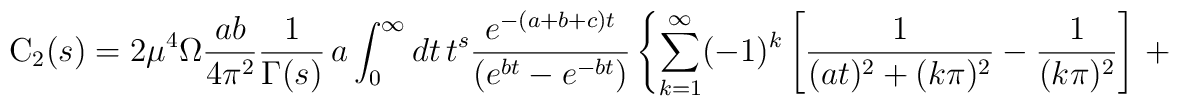
{\rm C}_{2} (s)= 2{\mu}^4 \Omega \frac{ab}{4{\pi}^2}\frac{1}{\Gamma(s)}\,a \int_{0}^{\infty} dt\, t^{s}\frac{e^{-(a+b+c)t}} {\left(e^{bt}-e^{-bt}\right)}\left\{\sum_{k=1}^{\infty}(-1)^k\left[\frac{1}{(a t)^2+(k\pi)^2}-\frac{1}{(k\pi)^2}\right]\,+\right.